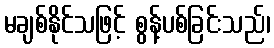
မချစ်နိုင်သဖြင့် စွန့်ပစ်ခြင်းသည်၊